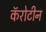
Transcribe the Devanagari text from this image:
कॅरोटीन